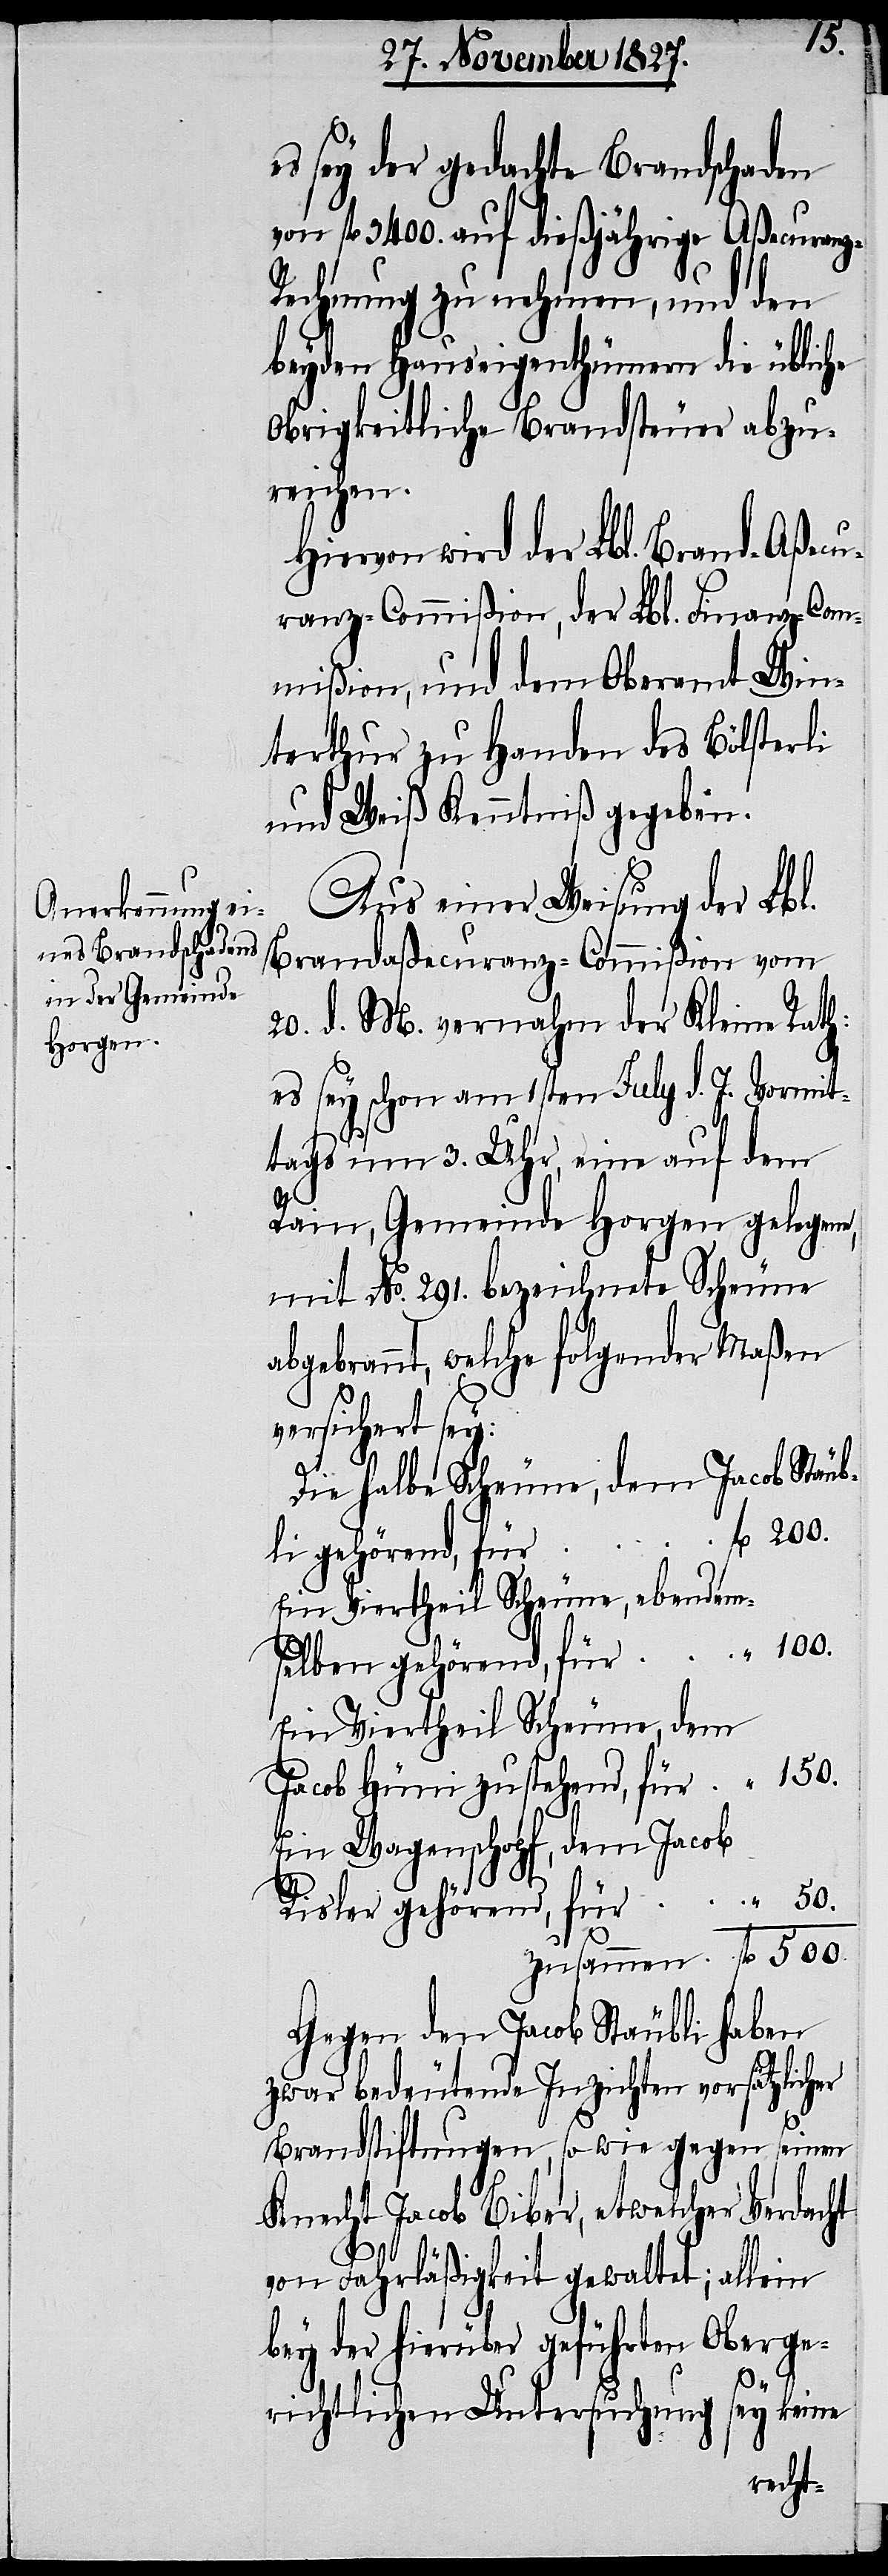
es sey der gedachte Brandschaden
von fl. 3400. auf dießjährige Aßecuranz-R¬
echnung zu nehmen, und den
beyden Hauseigenthümern die übliche
Obrigkeitliche Brandsteuer abzu¬
reichen.
Hiervon wird der Lbl. Brand-Aßecu¬
ranz-Commißion, der Lbl. Finanz-Com¬
mißion, und dem Oberamt Win¬
terthur zu Handen des Bölsterli
und Weiß Kenntniß gegeben.
Aus einer Weisung der Lbl.
Brand-Aßecuranz-Commißion vom
20. d. M. vernahm der Kleine Rath:
es sey schon am 1sten July d. J. Vormit¬
tags um 3. Uhr, eine auf dem
v¬
Rain, Gemeinde Horgen gelegene,
mit No. 291. bezeichnete Scheune
bgebrannt, welche folgender Maßen
ersichert sey:
Die halbe Scheune, dem Jacob Stäub¬
l. 200.
li gehörend, für		f¬
Ein Viertheil Scheune, ebendem¬
“ 100.
selben gehörend, für
Ein Viertheil der Scheune, dem
Jacob Hüni zustehend, für “ 150.
Ein Wagenschopf, dem Jacob
Risler gehörend, für 		 “ 50.
zusammen	fl. 500.
Gegen den Jacob Stäubli haben
zwar bedeutende Inzichten vorsätzlicher
Brandstiftungen, so wie gegen seinen
Knecht Jacob Biber, etwelcher Verdacht
von Fahrläßigkeit gewaltet; allein
bey der hierüber geführten Oberge¬
richtlichen Untersuchung sey keine